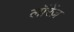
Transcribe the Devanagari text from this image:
लॉरेंज़